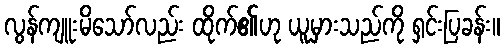
လွန်ကျူးမိသော်လည်း ထိုက်၏ဟု ယူမှားသည်ကို ရှင်းပြခန်း။